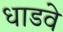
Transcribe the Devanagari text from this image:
धाडवे